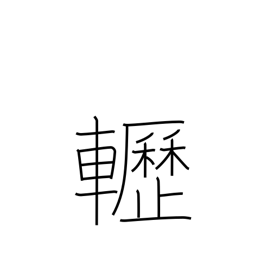
Meaning: creaking sound